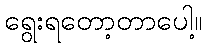
ရွေးရတော့တာပေါ့။